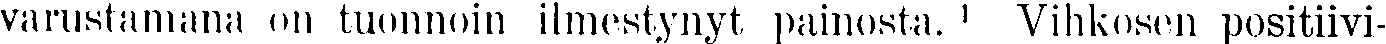
varustamana on tuonnoin ilmestynyt painosta. ¹ Vihkosen positiivi-